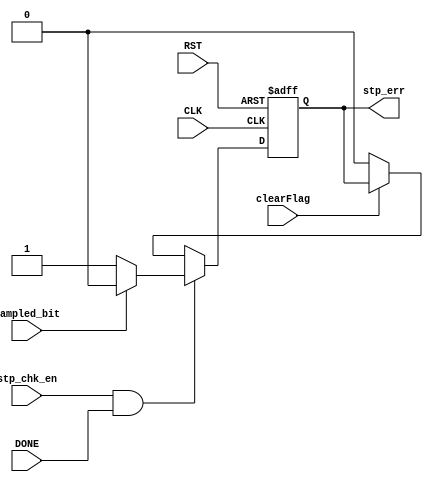
module stp_checker 
(sampled_bit, stp_chk_en, CLK, RST, clearFlag, DONE, stp_err);
input         sampled_bit;
input         stp_chk_en;
input         CLK;
input         RST;
input         clearFlag; //low level clear_flag connected to enable_en of the FSM
input         DONE;
output        stp_err;
reg           stp_err;


always @(posedge CLK or negedge RST)
begin
    if(!RST)
    begin
        stp_err <= 1'b0;
    end
    else if (stp_chk_en && DONE)
    begin
        if (sampled_bit == 0)
        begin
            stp_err <= 1'b1;
        end
        else
        begin
            stp_err <= 1'b0;
        end
    end
    else if (clearFlag == 1'b0)
    begin
        stp_err <= 0;
    end
    end
endmodule